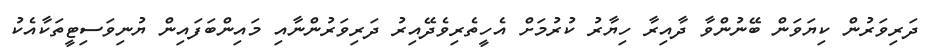
ދަރިވަރުން ކިޔަވަން ބޭނުންވާ ދާއިރާ ހިޔާރު ކުރުމަށް އެހީތެރިވެދޭއިރު ދަރިވަރުންނާއި މައިންބަފައިން ޔުނިވަސިޓީތަކާއެކު